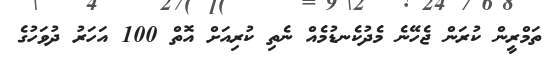
ތަމްރީން ކުރަން ޖެހޭނެ މެދުކެނޑުމެއް ނެތި ކުރިއަށް އޮތް 100 އަހަރު ދުވަހުގެ